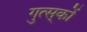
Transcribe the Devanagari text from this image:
गुत्स्‌कों